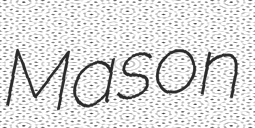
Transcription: Mason